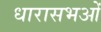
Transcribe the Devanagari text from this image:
धारासभओं